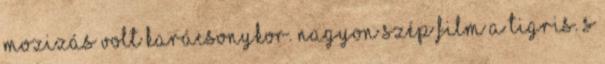
mozizás volt karácsonykor. Nagyon szép film a Tigris. S